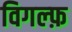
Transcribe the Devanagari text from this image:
विगल्फ़